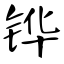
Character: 铧